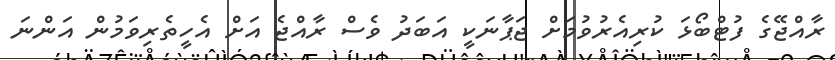
ރާއްޖޭގެ ފުޓްބޯޅަ ކުރިއެރުވުމަށް ޖަޕާނަކީ އަބަދު ވެސް ރާއްޖެ އަށް އެހީތެރިވަމުން އަންނަ